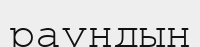
раундын